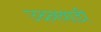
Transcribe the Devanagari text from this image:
उदनवाडी